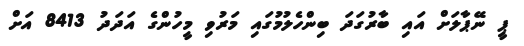
ޕީ ނޭޕާލަށް އައި ބާރުގަދަ ބިންހެލުމުގައި މަރުވި މީހުންގެ އަދަދު 8413 އަށް